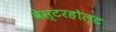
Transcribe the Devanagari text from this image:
वेस्टरहोल्ट